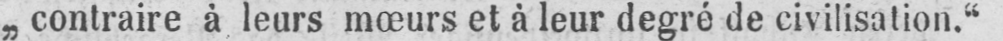
„contraire à leurs mœurs et à leur degré de civilisation.“